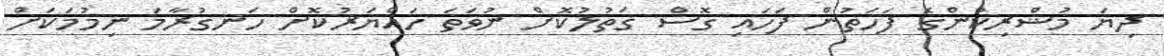
ދިޔަ މުޝްރިކުންގެ ފަހަތުން ފަހައި ގޮސް ޤަތުލުކޮށް ނުވަތަ ހައްޔަރުކޮށް ހަނގުރާމަ ނިމުމަކަށް